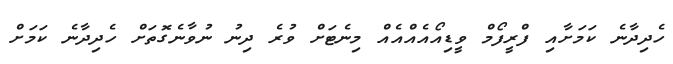
ހެދިދާނެ ކަމަށާއި ފްރީފޯމް ވީޑިއޯއެއްއެއް މިނެޓަށް ވުރެ ދިނު ނުވާނެގޮތަށް ހެދިދާނެ ކަމަށް